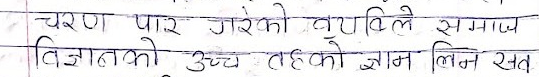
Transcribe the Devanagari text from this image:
चरण पार गरेको व्यक्तिले समाज
विज्ञातको उच्च तहको ज्ञान लिन सक्त